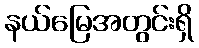
နယ်မြေအတွင်းရှိ